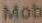
Mob